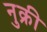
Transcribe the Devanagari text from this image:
नुक्री